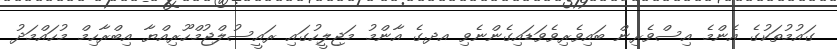
ގައުމުތަކުގެ އެންމެ އިސްވެރިން ބައިވެރިވެވަޑައިގެންނެވި އދ.ގެ އާންމު މަޖިލީހުގައި ރައީސުލްޖުމްހޫރިއްޔާ އިބްރާހިމް މުހައްމަދު